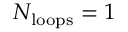
N _ { \mathrm { l o o p s } } = 1